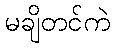
မချိတင်ကဲ